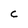
Character: c